Vaccine operations Central Provinces & Berar 1922-1929 - 1922-1929
Year: 1922
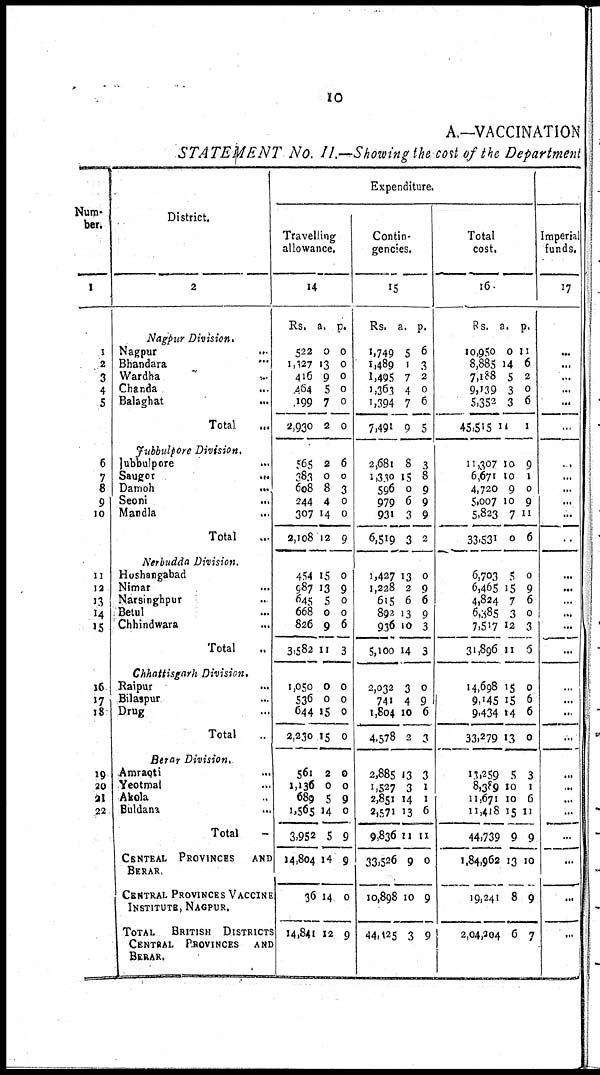
10
A.—VACCINATION
STATEMENT No. II.—Showing the cost of the Department
Num-
ber.
1
1
2
3
4
5
6
7
8
9
10
11
12
13
14
15
16
17
18
19
20
21
22
District.
2
Nagpur
Division.
Nagpur
...
Bhandara ...
Wardha
...
Chanda
...
Balaghat
...
Total ...
Jubbulpore
Division.
Jubbulpore ...
Saugor
...
Damoh
...
Seoni
...
Mandla ...
Total ...
Nerbudda
Division.
Hoshangabad ...
Nimar ...
Narsinghpur ...
Betul ...
Chhindwara ...
Total ...
Chhattisgarh
Division.
Raipur ...
Bilaspur ...
Drug ...
Total ...
Berar
Division.
Amraoti ...
Yeotmal ...
Akola ...
Buldana ...
Total ...
CENTEAL PROVINCES
AND
BERAR.
CENTRAL PROVINCES VACCINE
INSTITUTE, NAGPUR.
TOTAL
BRITISH DISTRICTS
CENTRAL PROVINCES AND
BERAR.
Expenditure.
Travelling
allowance.
14
Rs.
522
1,127
416
464
199
2,930
565
383
608
244
307
2,108
454
987
645
668
826
3,582
1,050
536
644
2,230
561
1,136
689
1,565
3,952
14,804
36
14,841
a.
0
13
9
5
7
2
2
0
8
4
14
12
15
13
5
0
9
11
0
0
15
15
2
0
5
14
5
14
14
12
p.
0
0
0
0
0
0
6
0
3
0
0
9
0
9
0
0
6
3
0
0
0
0
0
0
9
0
9
9
0
9
Contin-
gencies.
15
Rs.
1,749
1,489
1,495
1,363
1,394
7,491
2,681
1,330
596
979
931
6,519
1,427
1,228
615
892
936
5,100
2,032
741
1,804
4,578
2,885
1,527
2,851
2,571
9,836
33,526
10,898
44,125
a.
5
1
7
4
7
9
8
15
0
6
3
3
13
2
6
13
10
14
3
4
10
2
13
3
14
13
11
9
10
3
p.
6
3
2
0
6
5
3
8
9
9
9
2
0
9
6
9
3
3
0
9
6
3
1
1
1
6
11
0
9
9
Total
cost.
16
Rs.
10,950
8,885
7,188
9,139
5,352
45,515
11,307
6,671
4,720
5,007
5,823
33,531
6,703
6,465
4,824
6,385
7,517
31,896
14,698
9,145
9,434
33,279
11,259
8,389
11,671
11,418
44,739
1,84,962
19,241
2,04,204
a.
0
14
5
3
3
11
10
10
9
10
7
0
5
15
7
3
12
11
15
15
14
13
5
10
10
15
9
13
8
6
p.
11
6
2
0
6
1
9
1
0
9
11
6
0
9
6
0
3
6
0
6
6
0
3
1
6
11
9
10
9
7
Imperial
funds.
17
...
...
...
...
...
...
...
...
...
...
...
...
...
...
...
...
...
...
...
...
...
...
...
...
...
...
...
...
...
...